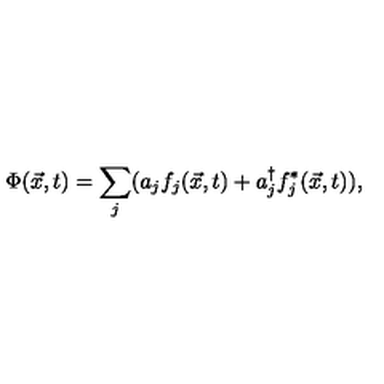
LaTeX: \Phi ( \vec { x } , t ) = \sum _ { j } ( a _ { j } f _ { j } ( \vec { x } , t ) + a _ { j } ^ { \dagger } f _ { j } ^ { * } ( \vec { x } , t ) ) ,